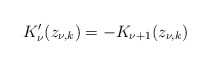
\begin{align*}K_\nu'(z_{\nu,k})=-K_{\nu+1}(z_{\nu,k})\end{align*}